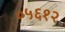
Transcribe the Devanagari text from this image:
०५६१२